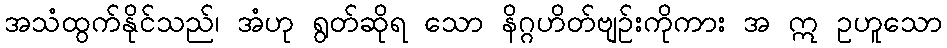
အသံထွက်နိုင်သည်၊ အံဟု ရွတ်ဆိုရ သော နိဂ္ဂဟိတ်ဗျဉ်းကိုကား အ ဣ ဥဟူသော